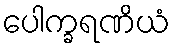
ပေါက္ခရဏိယံ